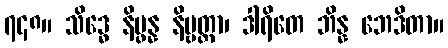
၇၄၈။ သိဒ္ဓေ နိပ္ဖန္န နိဗ္ဗတ္တာ၊ ဒါရိတေ ဘိန္န ဘေဒိတာ။